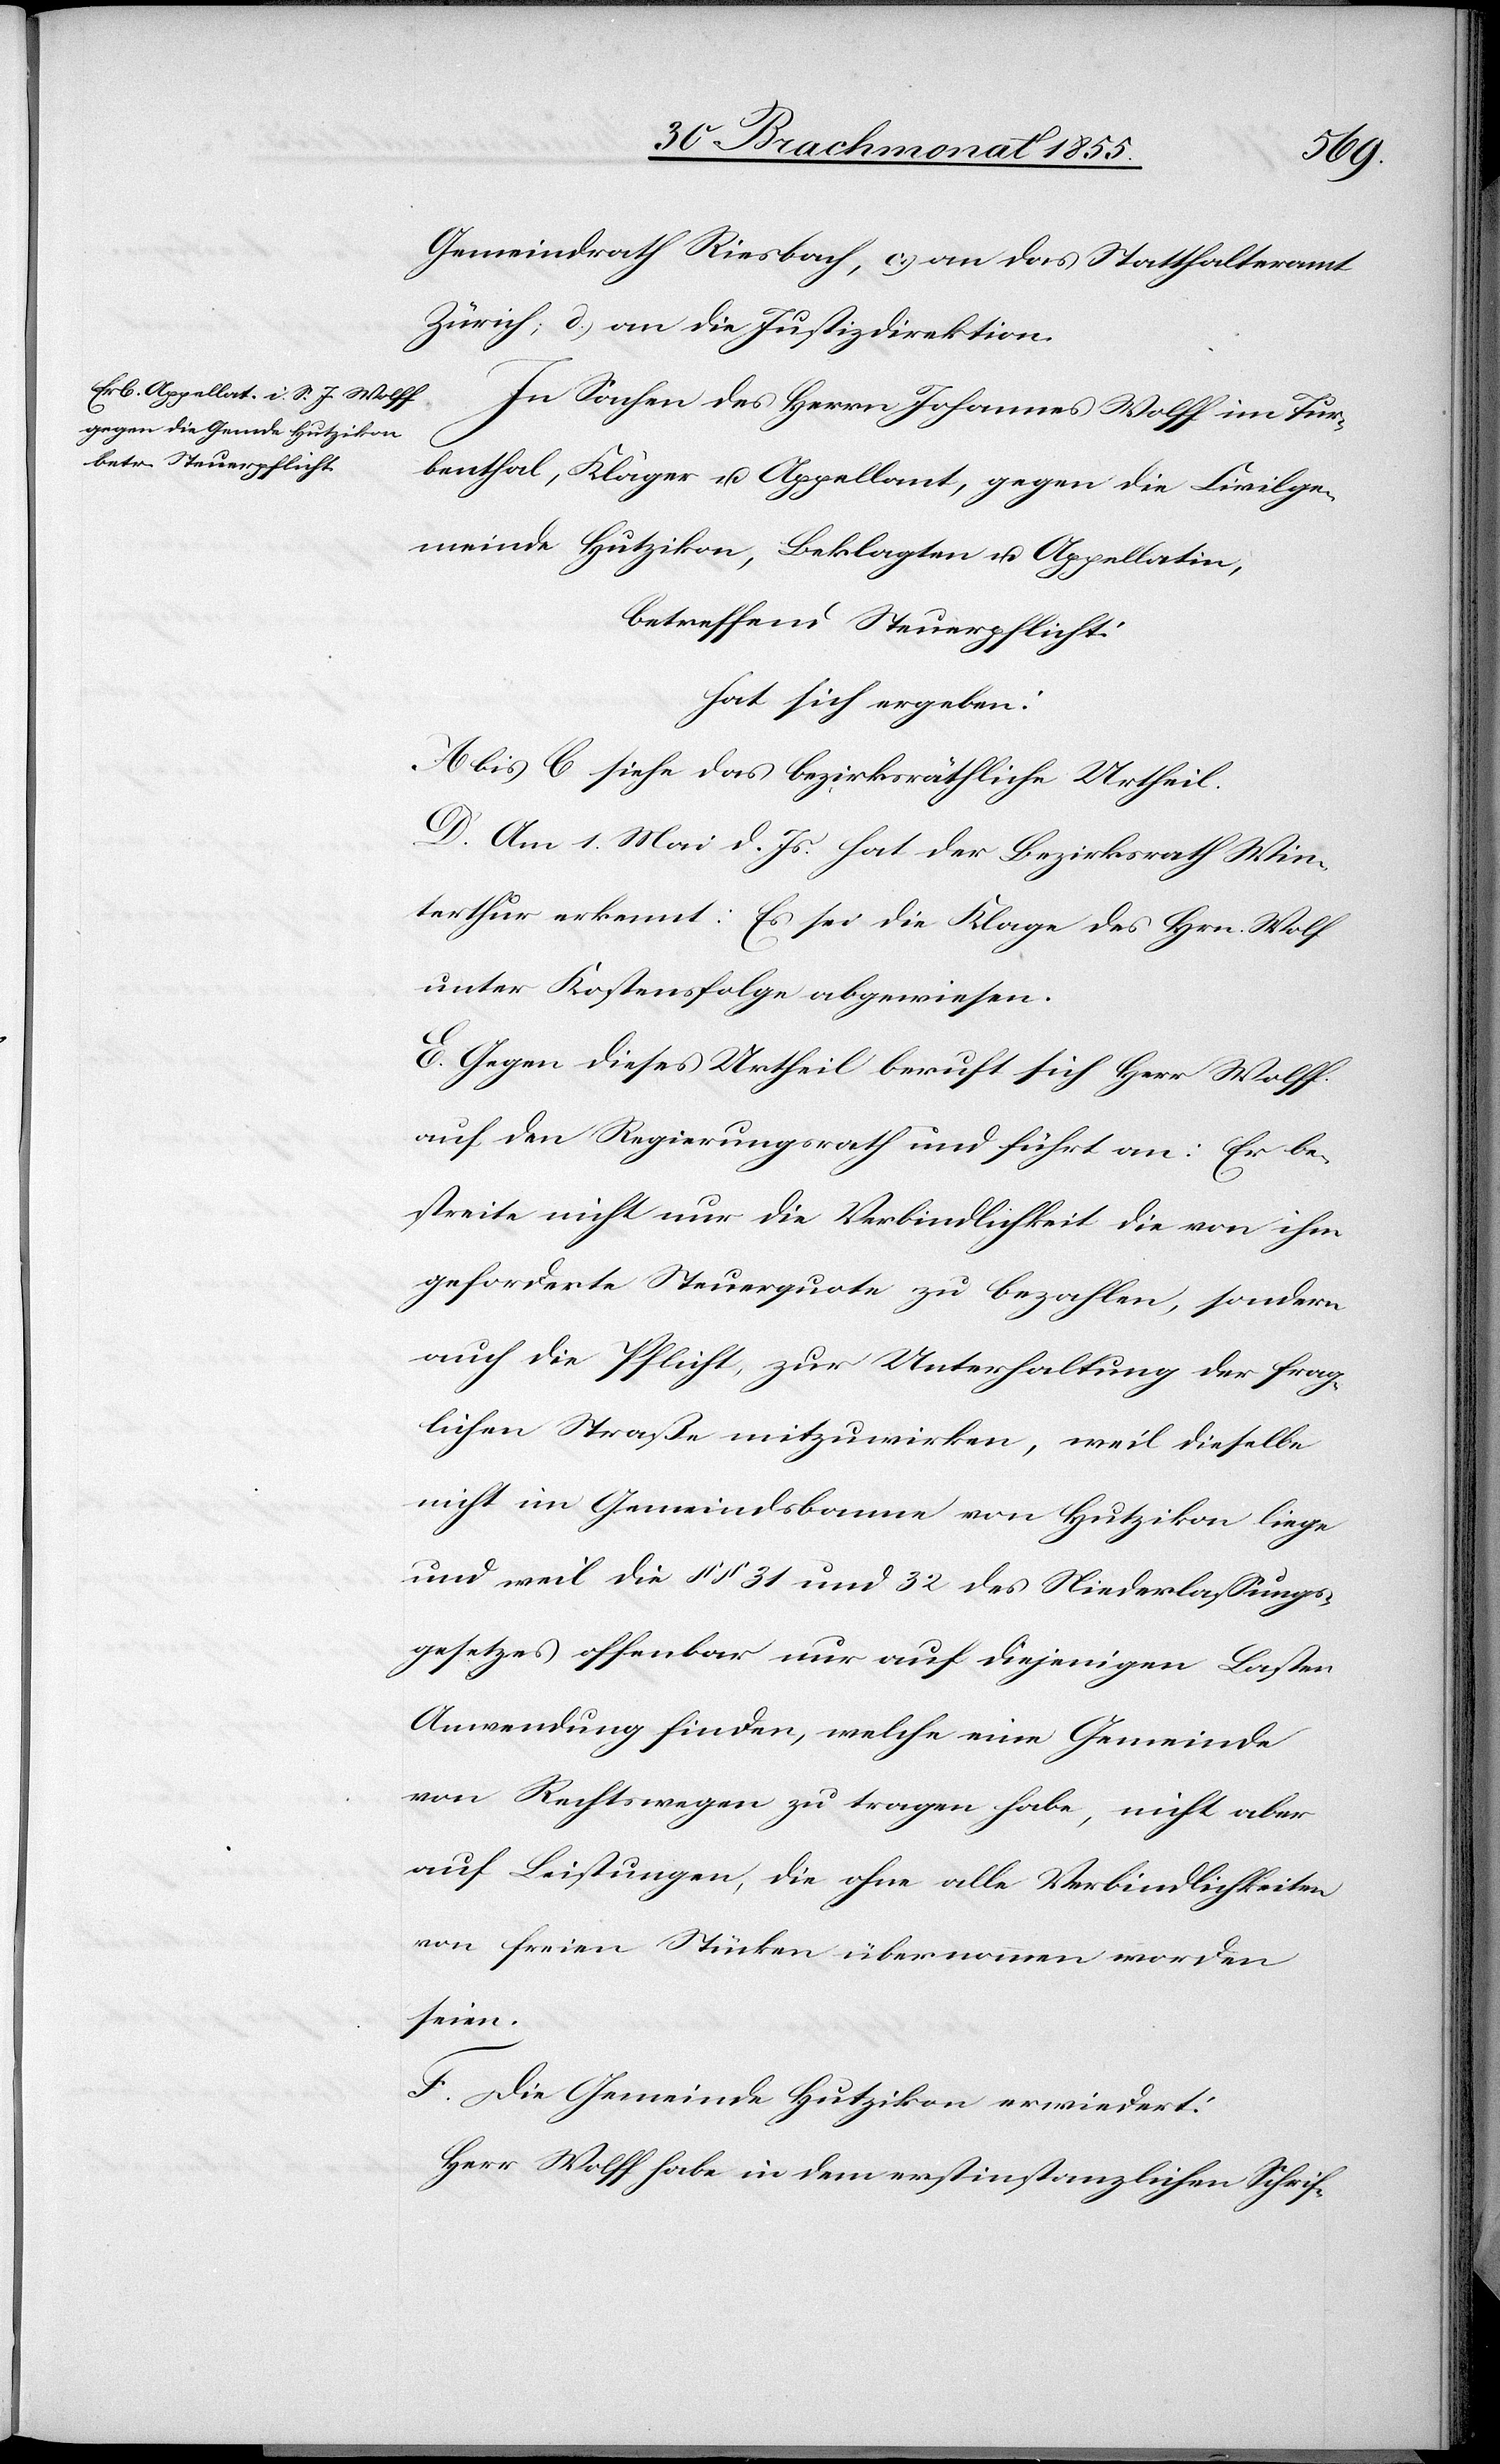
Gemeindrath Riesbach, c.) an das Statthalteramt
Zürich; d.) an die Justizdirektion.
In Sachen des Herrn Johannes Wolff im Tur¬
benthal, Kläger u. Appellant, gegen die Civilge¬
meinde Hutzikon, Beklagten u. Appellatin,
betreffend Steuerpflicht:
hat sich ergeben:
A bis C siehe das bezirksräthliche Urtheil.
D. Am 1. Mai d. Js. hat der Bezirksrath Win¬
terthur erkennt: Es sei die Klage des Hrn. Wolf[f]
unter Kostensfolge abgewiesen.
E. Gegen dieses Urtheil beruft sich Herr Wolff
auf den Regierungsrath und führt an: Er be¬
streite nicht nur die Verbindlichkeit die von ihm
geforderte Steuerquote zu bezahlen, sondern
auch die Pflicht, zur Unterhaltung der frag¬
lichen Straße mitzuwirken, weil dieselbe
nicht im Gemeindsbanne von Hutzikon liege
und weil die §§ 31 und 32 des Niederlassungs¬
gesetzes offenbar nur auf diejenigen Lasten
Anwendung finden, welche eine Gemeinde
von Rechtswegen zu tragen habe, nicht aber
auf Leistungen, die ohne alle Verbindlichkeiten
von freien Stücken übernommen worden
seien.
F. Die Gemeinde Hutzikon erwiedert:
Herr Wolff habe in dem erstinstanzlichen Schrif-